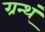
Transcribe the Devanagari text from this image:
ग्रन्थ्ं